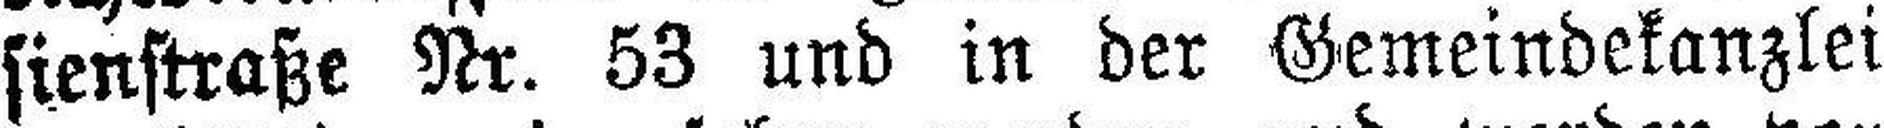
sienstraße Nr. 53 und in der Gemeindekanzlei